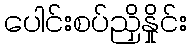
ပေါင်းစပ်ညှိနှိုင်း